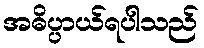
အဓိပ္ပာယ်ရပါသည်